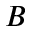
B